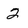
Character: 2